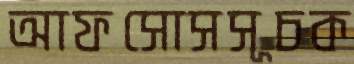
আফসোসসূচক